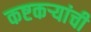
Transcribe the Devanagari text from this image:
कष्टकऱ्यांची